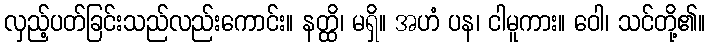
လှည့်ပတ်ခြင်းသည်လည်းကောင်း။ နတ္ထိ၊ မရှိ။ အဟံ ပန၊ ငါမူကား။ ဝေါ၊ သင်တို့၏။